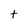
Character: t